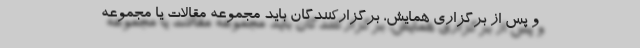
و پس از برگزاری همایش، برگزارکنندگان باید مجموعه مقالات یا مجموعه